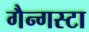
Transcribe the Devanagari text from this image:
गैन्गस्टा